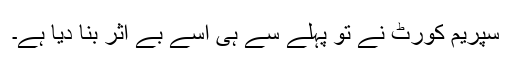
سپریم کورٹ نے تو پہلے سے ہی اسے بے اثر بنا دیا ہے۔